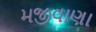
મજીવાણા